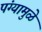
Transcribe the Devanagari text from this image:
पंग्यामुळे